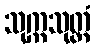
သုက္ကသုတ္တံ